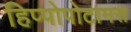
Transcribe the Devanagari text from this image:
हिप्पोपोटामस